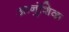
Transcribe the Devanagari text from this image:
आनुंशिक